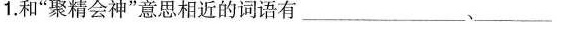
1.和”聚精会神”意思相近的词语有__、___